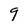
Character: 9